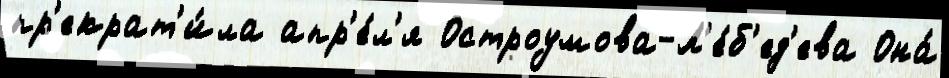
пр'екрат'и́ла апр'е́л'я Остроумова-Л'е́б'ед'ева Она́